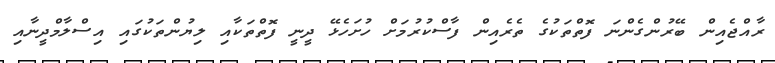
ރާއްޖެއިން ބޭރުންގެންނަ ފޮތްތަކުގެ ތެރެއިން ފާސްކުރުމަށް ހުށަހެޅޭ ދީނީ ފޮތްތަކާއި ލިޔުންތަކުގައި އިސްލާމްދީނާއި